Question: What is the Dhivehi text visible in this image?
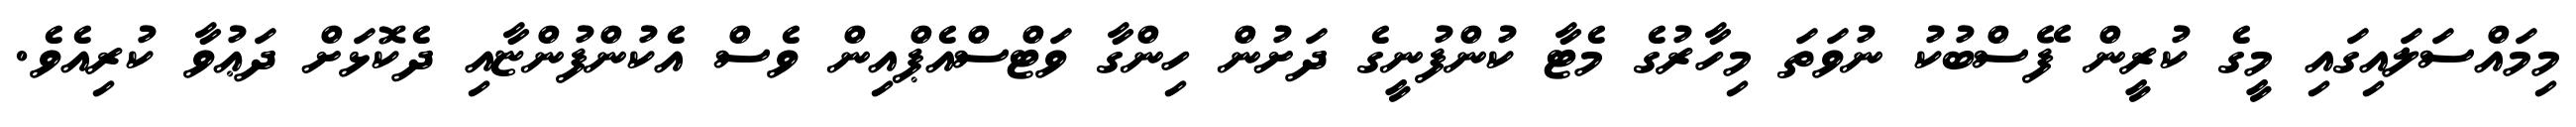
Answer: މިމައްސަލައިގައި މީގެ ކުރީން ފޭސްބުކު ނުވަތަ މިހާރުގެ މެޓާ ކުންފުނީގެ ދަށުން ހިންގާ ވަޓްސްއެޕްއިން ވެސް އެކުންފުންޏާއި ދެކޮޅަށް ދަޢުވާ ކުރިއެވެ.